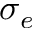
\sigma _ { e }